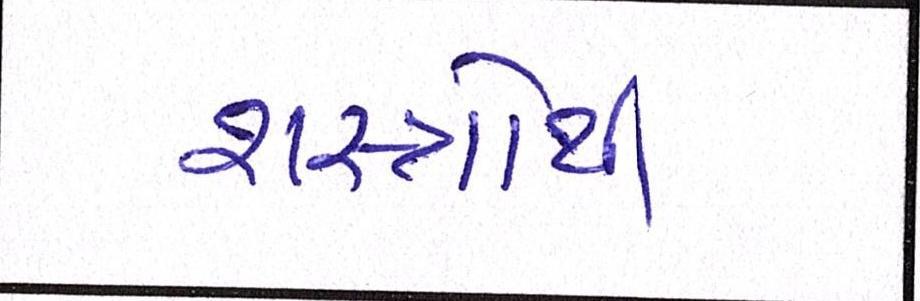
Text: શસ્ત્રોથી